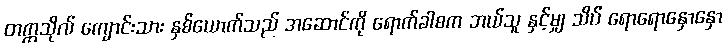
တက္ကသိုလ် ကျောင်းသား နှစ်ယောက်သည် အဆောင်ကို ရောက်ခါစက ဘယ်သူ နှင့်မျှ သိပ် ရောရောနှောနှော